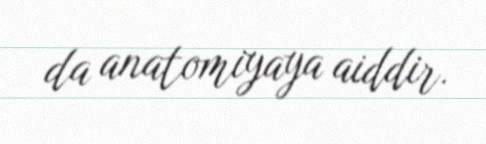
da anatomiyaya aiddir.